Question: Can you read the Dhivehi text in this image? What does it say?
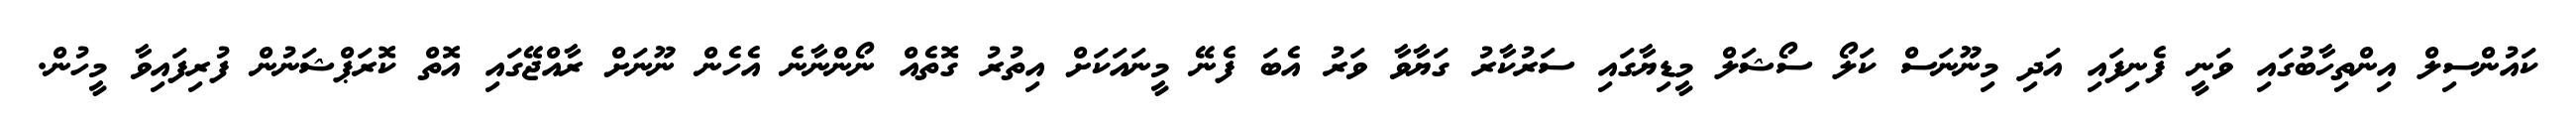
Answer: ކައުންސިލް އިންތިހާބުގައި ވަނީ ފެނިފައި އަދި މިނޫނަސް ކަލޯ ސޯޝަލް މީޑިޔާގައި ސަރުކާރު ގަޔާވާ ވަރު އެބަ ފެނޭ މީނައަކަށް އިތުރު ގޮތެއް ނޯންނާނެ އެހެން ނޫނަށް ރާއްޖޭގައި އޮތް ކޮރަޕްޝަނުން ފުރިފައިވާ މީހުން.